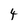
Character: 4